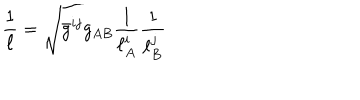
\frac { 1 } { \ell } = \sqrt { \bar { g } ^ { i j } g _ { A B } \frac { 1 } { \ell _ { A } ^ { i } } \frac { 1 } { \ell _ { B } ^ { j } } }